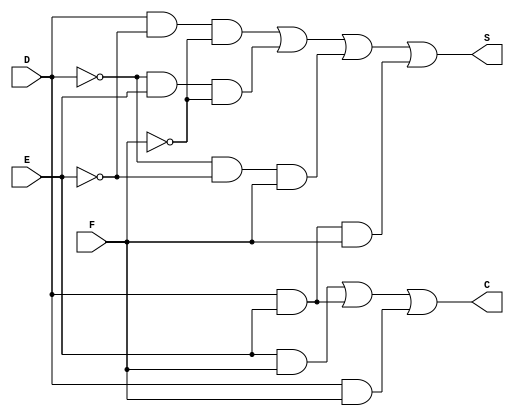
`timescale 10ns / 1ns

module three_to_two(
    input D,
	input E,
	input F,
	output C,
	output S
);
    assign C=E&F | D&E | D&F;
	assign S=D&~E&~F | ~D&E&~F |~D&~E&F | D&E&F;
endmodule